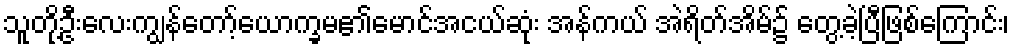
သူတို့ဦးလေးကျွန်တော့်ယောက္ခမ၏မောင်အငယ်ဆုံး အန်ကယ် အဲရိတ်အိမ်၌ တွေ့ခဲ့ပြီဖြစ်ကြောင်း၊